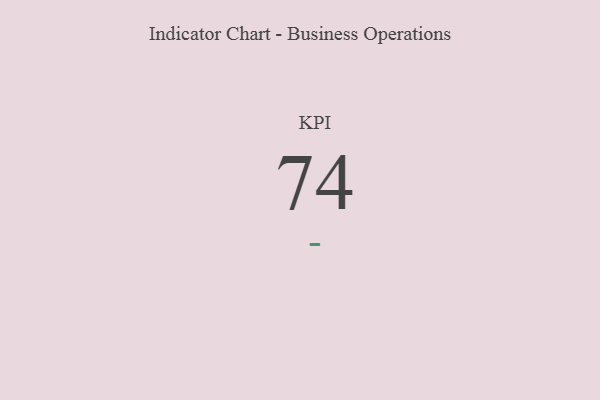
{"axis": {"x": "KPI", "y": "Value"}, "legend": [""], "data": [{"x": "KPI", "y": 74, "type": ""}]}